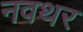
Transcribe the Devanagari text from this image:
नवथर